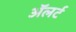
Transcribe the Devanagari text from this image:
अॅलर्ट